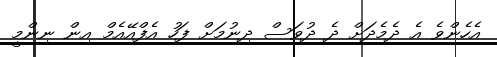
އެހެންވެ އެ ދެމެދަށް ދެ ދުވަސް ދިނުމަށް ފަހު އެފްއޭއެމް އިން ނިންމީ